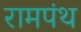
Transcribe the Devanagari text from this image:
रामपंथ